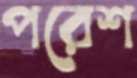
পরেশ